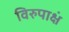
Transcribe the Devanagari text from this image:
विरुपाक्षं